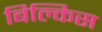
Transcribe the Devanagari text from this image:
बिल्किस